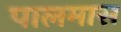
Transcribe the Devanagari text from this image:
पालमास